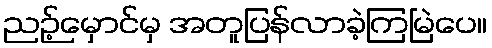
ညဉ့်မှောင်မှ အတူပြန်လာခဲ့ကြမြဲပေ။